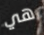
هي